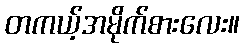
တကယ့်အမိုက်စားလေး။